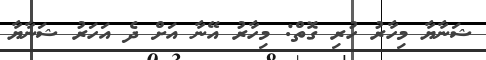
ޝަނާޔާ މިހާރު ހުރި ގޮތް: މިހާރު އޭނާ އަށް ދެ އަހަރު ޝަނާޔާ